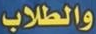
والطلاب